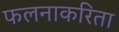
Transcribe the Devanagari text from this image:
फलनाकरिता